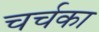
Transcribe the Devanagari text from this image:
चर्चका